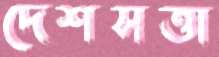
দেশসত্তা